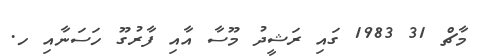
މާޗް 31 1983 ގައި ރަޝީދު މޫސާ އާއި ފާރުގޫ ހަސަނާއި ހ.